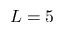
L = 5